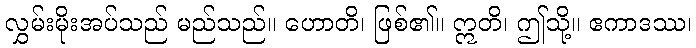
လွှမ်းမိုးအပ်သည် မည်သည်။ ဟောတိ၊ ဖြစ်၏။ ဣတိ၊ ဤသို့။ ဧကာဒဿ၊